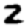
Digit: 2